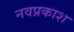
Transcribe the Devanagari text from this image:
नवप्रकाश